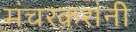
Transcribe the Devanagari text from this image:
मंचरकरांनी